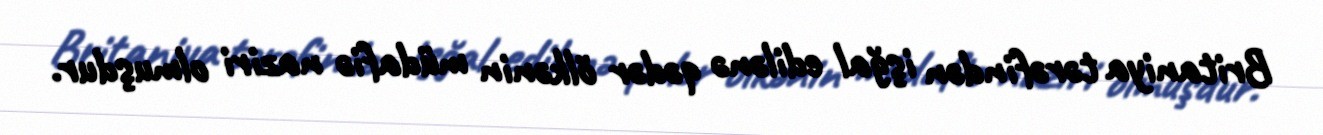
Britaniya tərəfindən işğal edilənə qədər ölkənin müdafiə naziri olmuşdur.